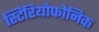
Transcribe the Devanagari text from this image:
स्टिरियोफोनिक